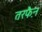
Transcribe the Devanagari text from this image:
तरफै़न